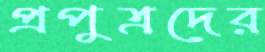
প্রপুত্রদের